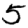
Digit: 5